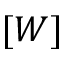
[ W ]